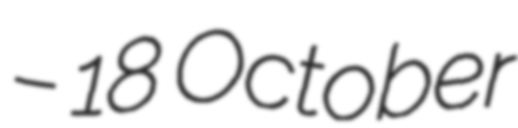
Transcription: – 18 October